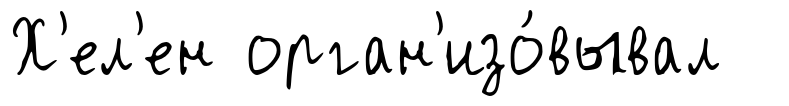
Х'ел'ен орган'изо́вывал